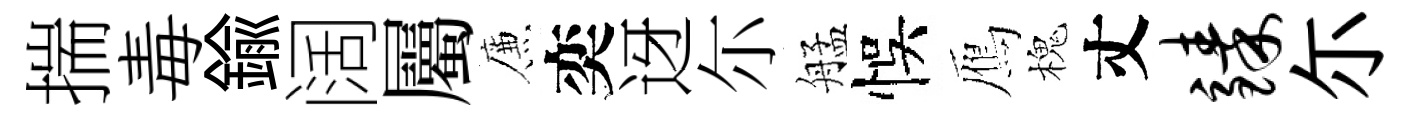
揣毒鍮阔屬簾奕迓尓艋悞鴈槐丈臻尓